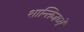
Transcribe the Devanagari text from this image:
शान्तिजप्ये